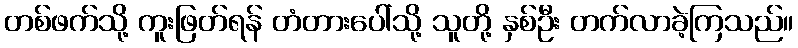
တစ်ဖက်သို့ ကူးဖြတ်ရန် တံတားပေါ်သို့ သူတို့ နှစ်ဦး တက်လာခဲ့ကြသည်။